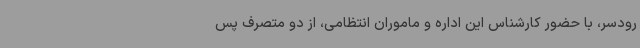
رودسر، با حضور کارشناس این اداره و ماموران انتظامی، از دو متصرف پس